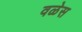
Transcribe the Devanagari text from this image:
वळेस